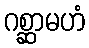
ဂစ္ဆာမဟံ